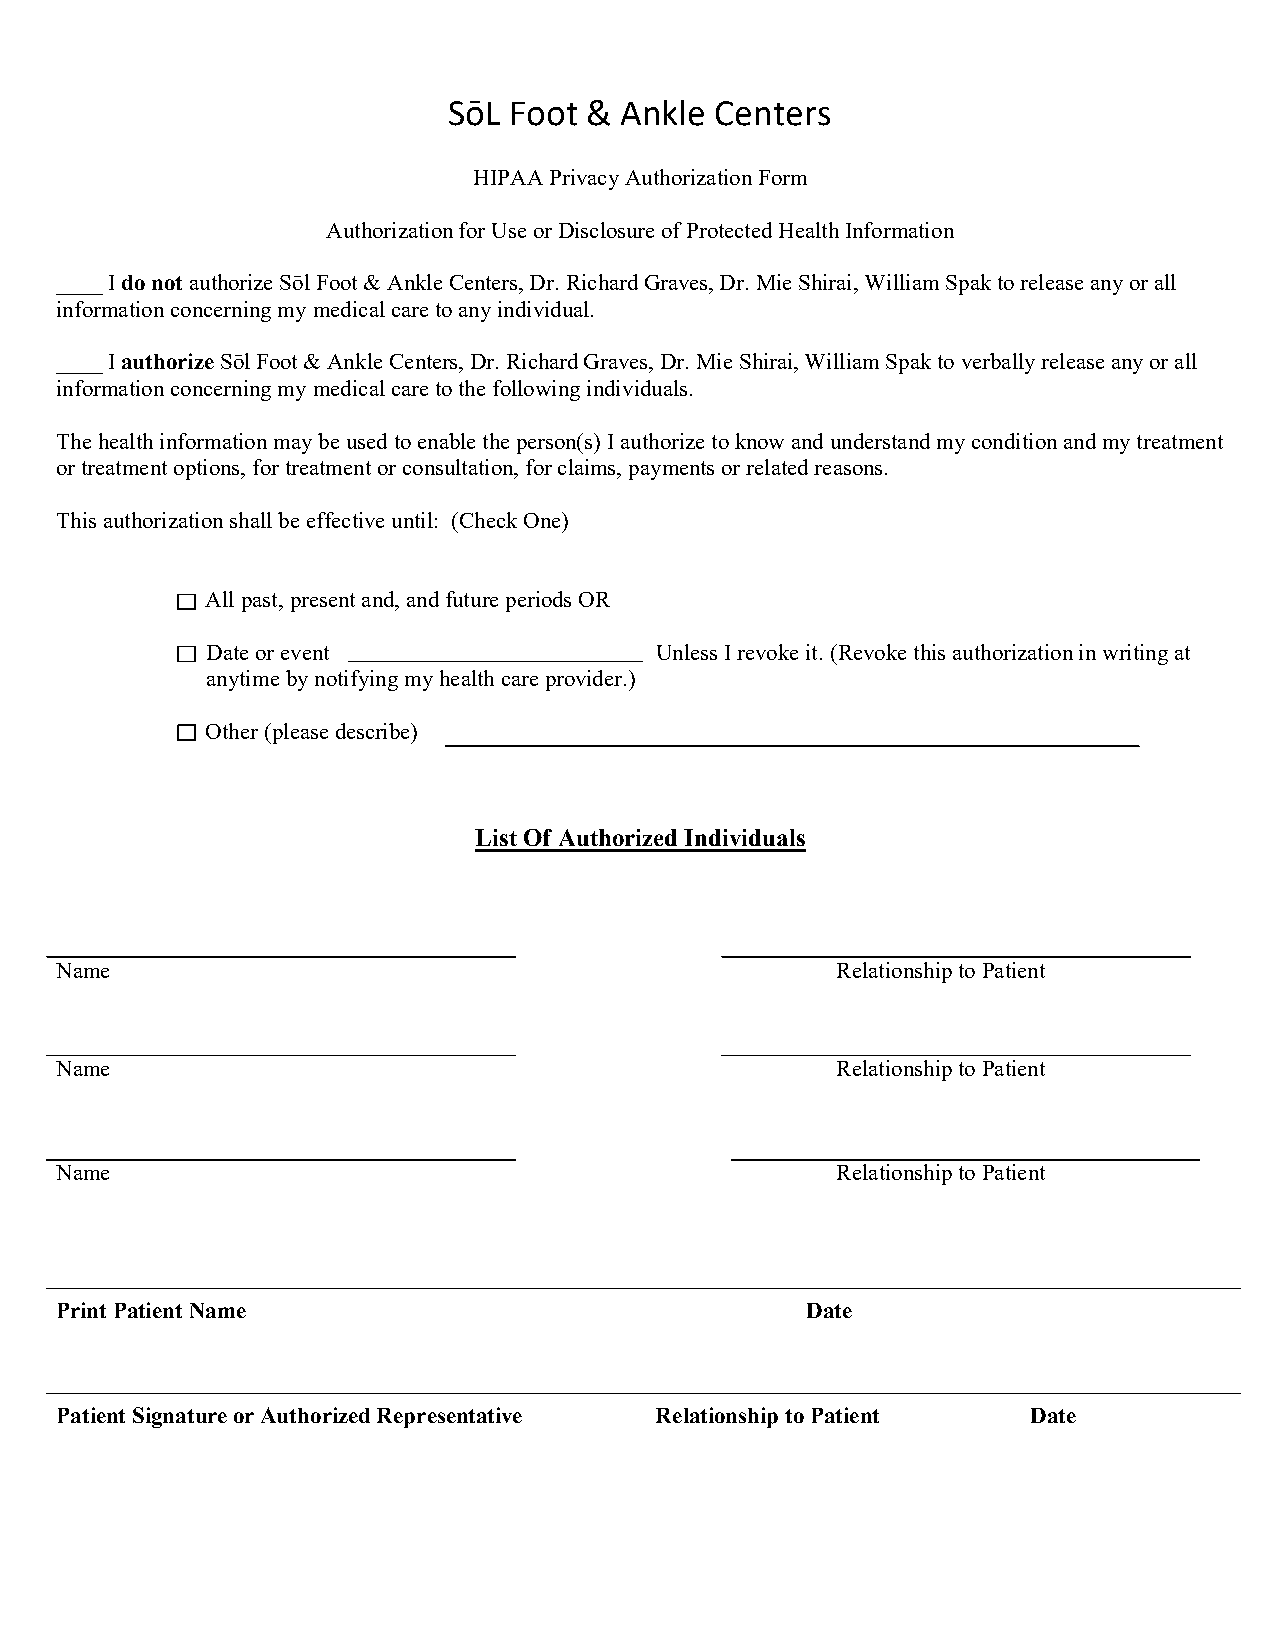
SōL Foot & Ankle Centers
 HIPAA Privacy Authorization Form
 Authorization for Use or Disclosure of Protected Health Information
 ____ I do not authorize Sōl Foot & Ankle Centers, Dr. Richard Graves, Dr. Mie Shirai, William Spak to release any or all
 information concerning my medical care to any individual.
 ____ I authorize Sōl Foot & Ankle Centers, Dr. Richard Graves, Dr. Mie Shirai, William Spak to verbally release any or all
 information concerning my medical care to the following individuals.
 The health information may be used to enable the person(s) I authorize to know and understand my condition and my treatment
 or treatment options, for treatment or consultation, for claims, payments or related reasons.
 This authorization shall be effective until: (Check One)
 All past, present and, and future periods OR
 Date or event                Unless I revoke it. (Revoke this authorization in writing at
 anytime by notifying my health care provider.)
 Other (please describe)
 List Of Authorized Individuals
 Name                                               Relationship to Patient
 Name                                               Relationship to Patient
 Name                                               Relationship to Patient
 Print Patient Name                               Date
 Patient Signature or Authorized Representative Relationship to Patient Date